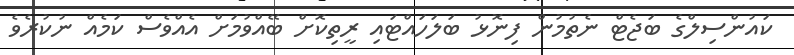
ކައުންސިލްގެ ބަޖެޓް ނެތުމުން ފިނޮޅު ބަލަހައްޓައި ރީތިކޮށް ބޭއްވުމަށް އެއްވެސް ކަމެއް ނުކުރެވެ